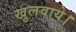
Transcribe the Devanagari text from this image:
खुलवाये।